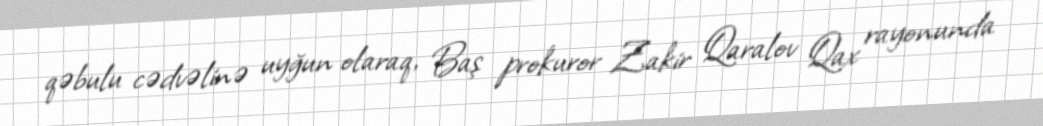
qəbulu cədvəlinə uyğun olaraq, Baş prokuror Zakir Qaralov Qax rayonunda